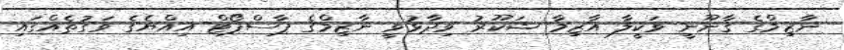
ނާޒިމްގެ ޤާނޫނީ ވަކީލާ އާޒިމާ ޝަކޫރު ވިދާޅުވީ ނާޒިމްގެ ޕާސްޕޯޓް އިއްޔެގެ ވަގުތެއްގައި